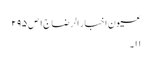
عیون اخبار الرضا ج١ ص ٢٩٥
١١۔